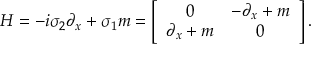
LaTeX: H = - i \sigma _ { 2 } \partial _ { x } + \sigma _ { 1 } m = \left[ \begin{array} { c c } { { 0 } } & { { - \partial _ { x } + m } } \\ { { \partial _ { x } + m } } & { { 0 } } \end{array} \right] .